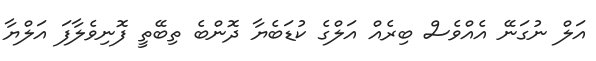
އަލް ނުގަނޭ އެއްވެސް ބިރެއް އަލްގެ ކުޑަބެޔާ ދޮންބެ ތިބޭތީ ފޮނިވެލާފަ އަލްޔާ